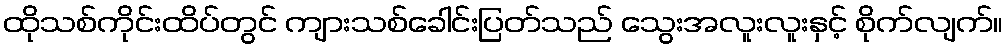
ထိုသစ်ကိုင်းထိပ်တွင် ကျားသစ်ခေါင်းပြတ်သည် သွေးအလူးလူးနှင့် စိုက်လျက်။